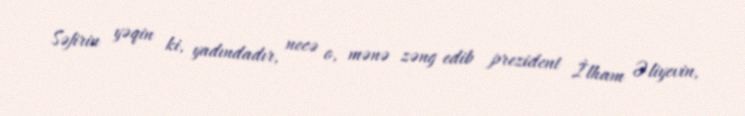
Səfirin yəqin ki, yadındadır, necə o, mənə zəng edib prezident İlham Əliyevin,